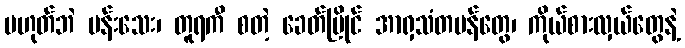
မဟုတ်ဘဲ ပန်းသေး၊ တူရကီ စတဲ့ ခေတ်ပြိုင် အာရှသံတမန်တွေ၊ ကိုယ်စားလှယ်တွေနဲ့